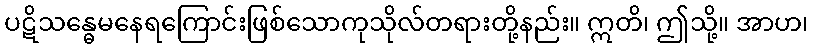
ပဋိသန္ဓေမနေရကြောင်းဖြစ်သောကုသိုလ်တရားတို့နည်း။ ဣတိ၊ ဤသို့။ အာဟ၊